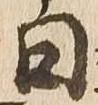
日